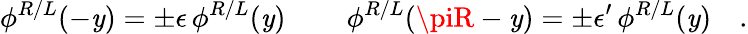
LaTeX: \phi^{R/L}(-\mathit{y})=\pm\epsilon\, \phi^{R/L}(\mathit{y})\, \qquad\phi^{R/L}(\piR-\mathit{y})=\pm\epsilon^{\prime}\, \phi^{R/L}(\mathit{y})\quad.